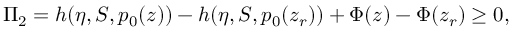
\Pi _ { 2 } = h ( \eta , S , p _ { 0 } ( z ) ) - h ( \eta , S , p _ { 0 } ( z _ { r } ) ) + \Phi ( z ) - \Phi ( z _ { r } ) \ge 0 ,